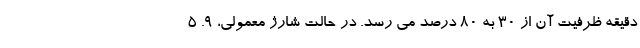
دقیقه ظرفیت آن از 30 به 80 درصد می رسد. در حالت شارژ معمولی، 9. 5